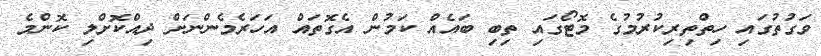
ވަގުތުގައި ހިތްތިރިކުރުމުގެ މޮޓޯގައި ތިބި ބައެއް ކަމުން އެގޮތައް އަހަރެމެންނަށް ދިއްކޮށްލި ކޮންމެ